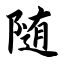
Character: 随